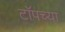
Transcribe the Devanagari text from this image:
टाॅपच्या